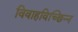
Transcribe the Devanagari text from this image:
विवाहविच्छिन्न